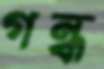
গন্ধ